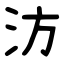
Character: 汸